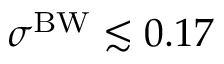
\sigma ^ { \mathrm { B W } } \lesssim 0 . 1 7